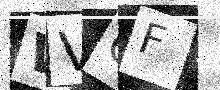
Text: WVQF